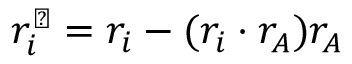
r _ { i } ^ { \perp } = r _ { i } - ( r _ { i } \cdot r _ { A } ) r _ { A }